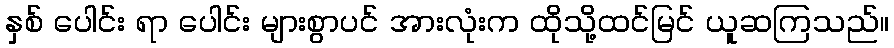
နှစ် ပေါင်း ရာ ပေါင်း များစွာပင် အားလုံးက ထိုသို့ထင်မြင် ယူဆကြသည်။